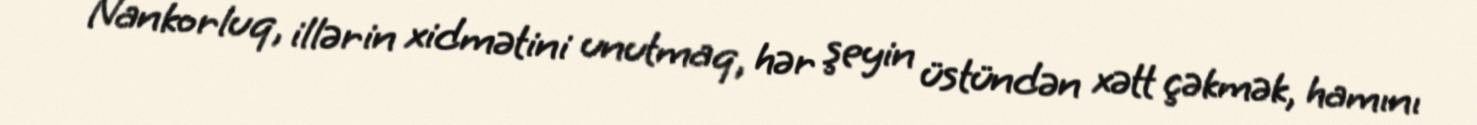
Nankorluq, illərin xidmətini unutmaq, hər şeyin üstündən xətt çəkmək, hamını